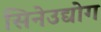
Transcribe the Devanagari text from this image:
सिनेउद्योग